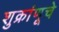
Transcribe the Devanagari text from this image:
शुक्रांणूचे